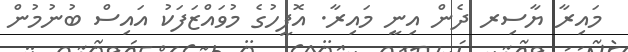
މައިރާ ޔާސިރ ދެން އިނީ މައިރާ. އޮފީހުގެ މުވައްޒަފަކު އައިސް ބުނުމުން